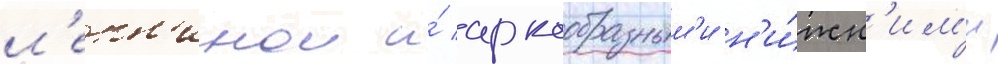
л'епн'инои и́ аркообразным'и н'и́жн'им'и